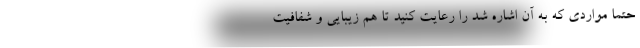
حتما مواردی که به آن اشاره شد را رعایت کنید تا هم زیبایی و شفافیت